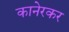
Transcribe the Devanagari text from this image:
कानेरकर